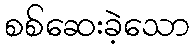
စစ်ဆေးခဲ့သော